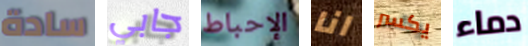
سادة جابي الإحباط انا يكسر دماء